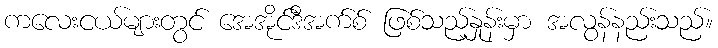
ကလေးငယ်များတွင် အေအိုင်ဒီအက်စ် ဖြစ်သည့်နှုန်းမှာ အလွန်နည်းသည်။